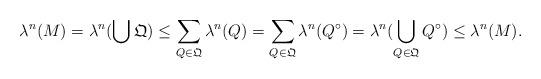
LaTeX: \begin{align*}\lambda^n(M) = \lambda^n(\bigcup{\mathfrak Q}) \leq \sum_{Q \in \mathfrak Q} \lambda^n(Q) = \sum_{Q \in \mathfrak Q} \lambda^n(Q^\circ) = \lambda^n(\bigcup_{Q \in \mathfrak Q} Q^\circ) \leq \lambda^n(M).\end{align*}